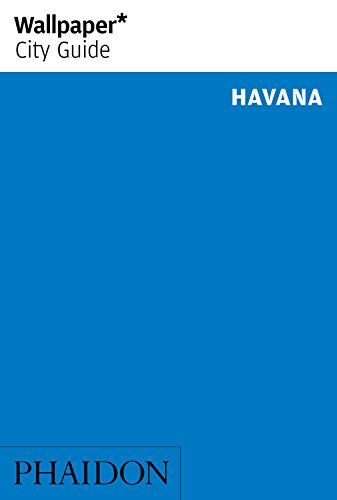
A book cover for Wallpaper* City Guide Havana 2014 (Wallpaper City Guides); Wallpaper*; Travel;